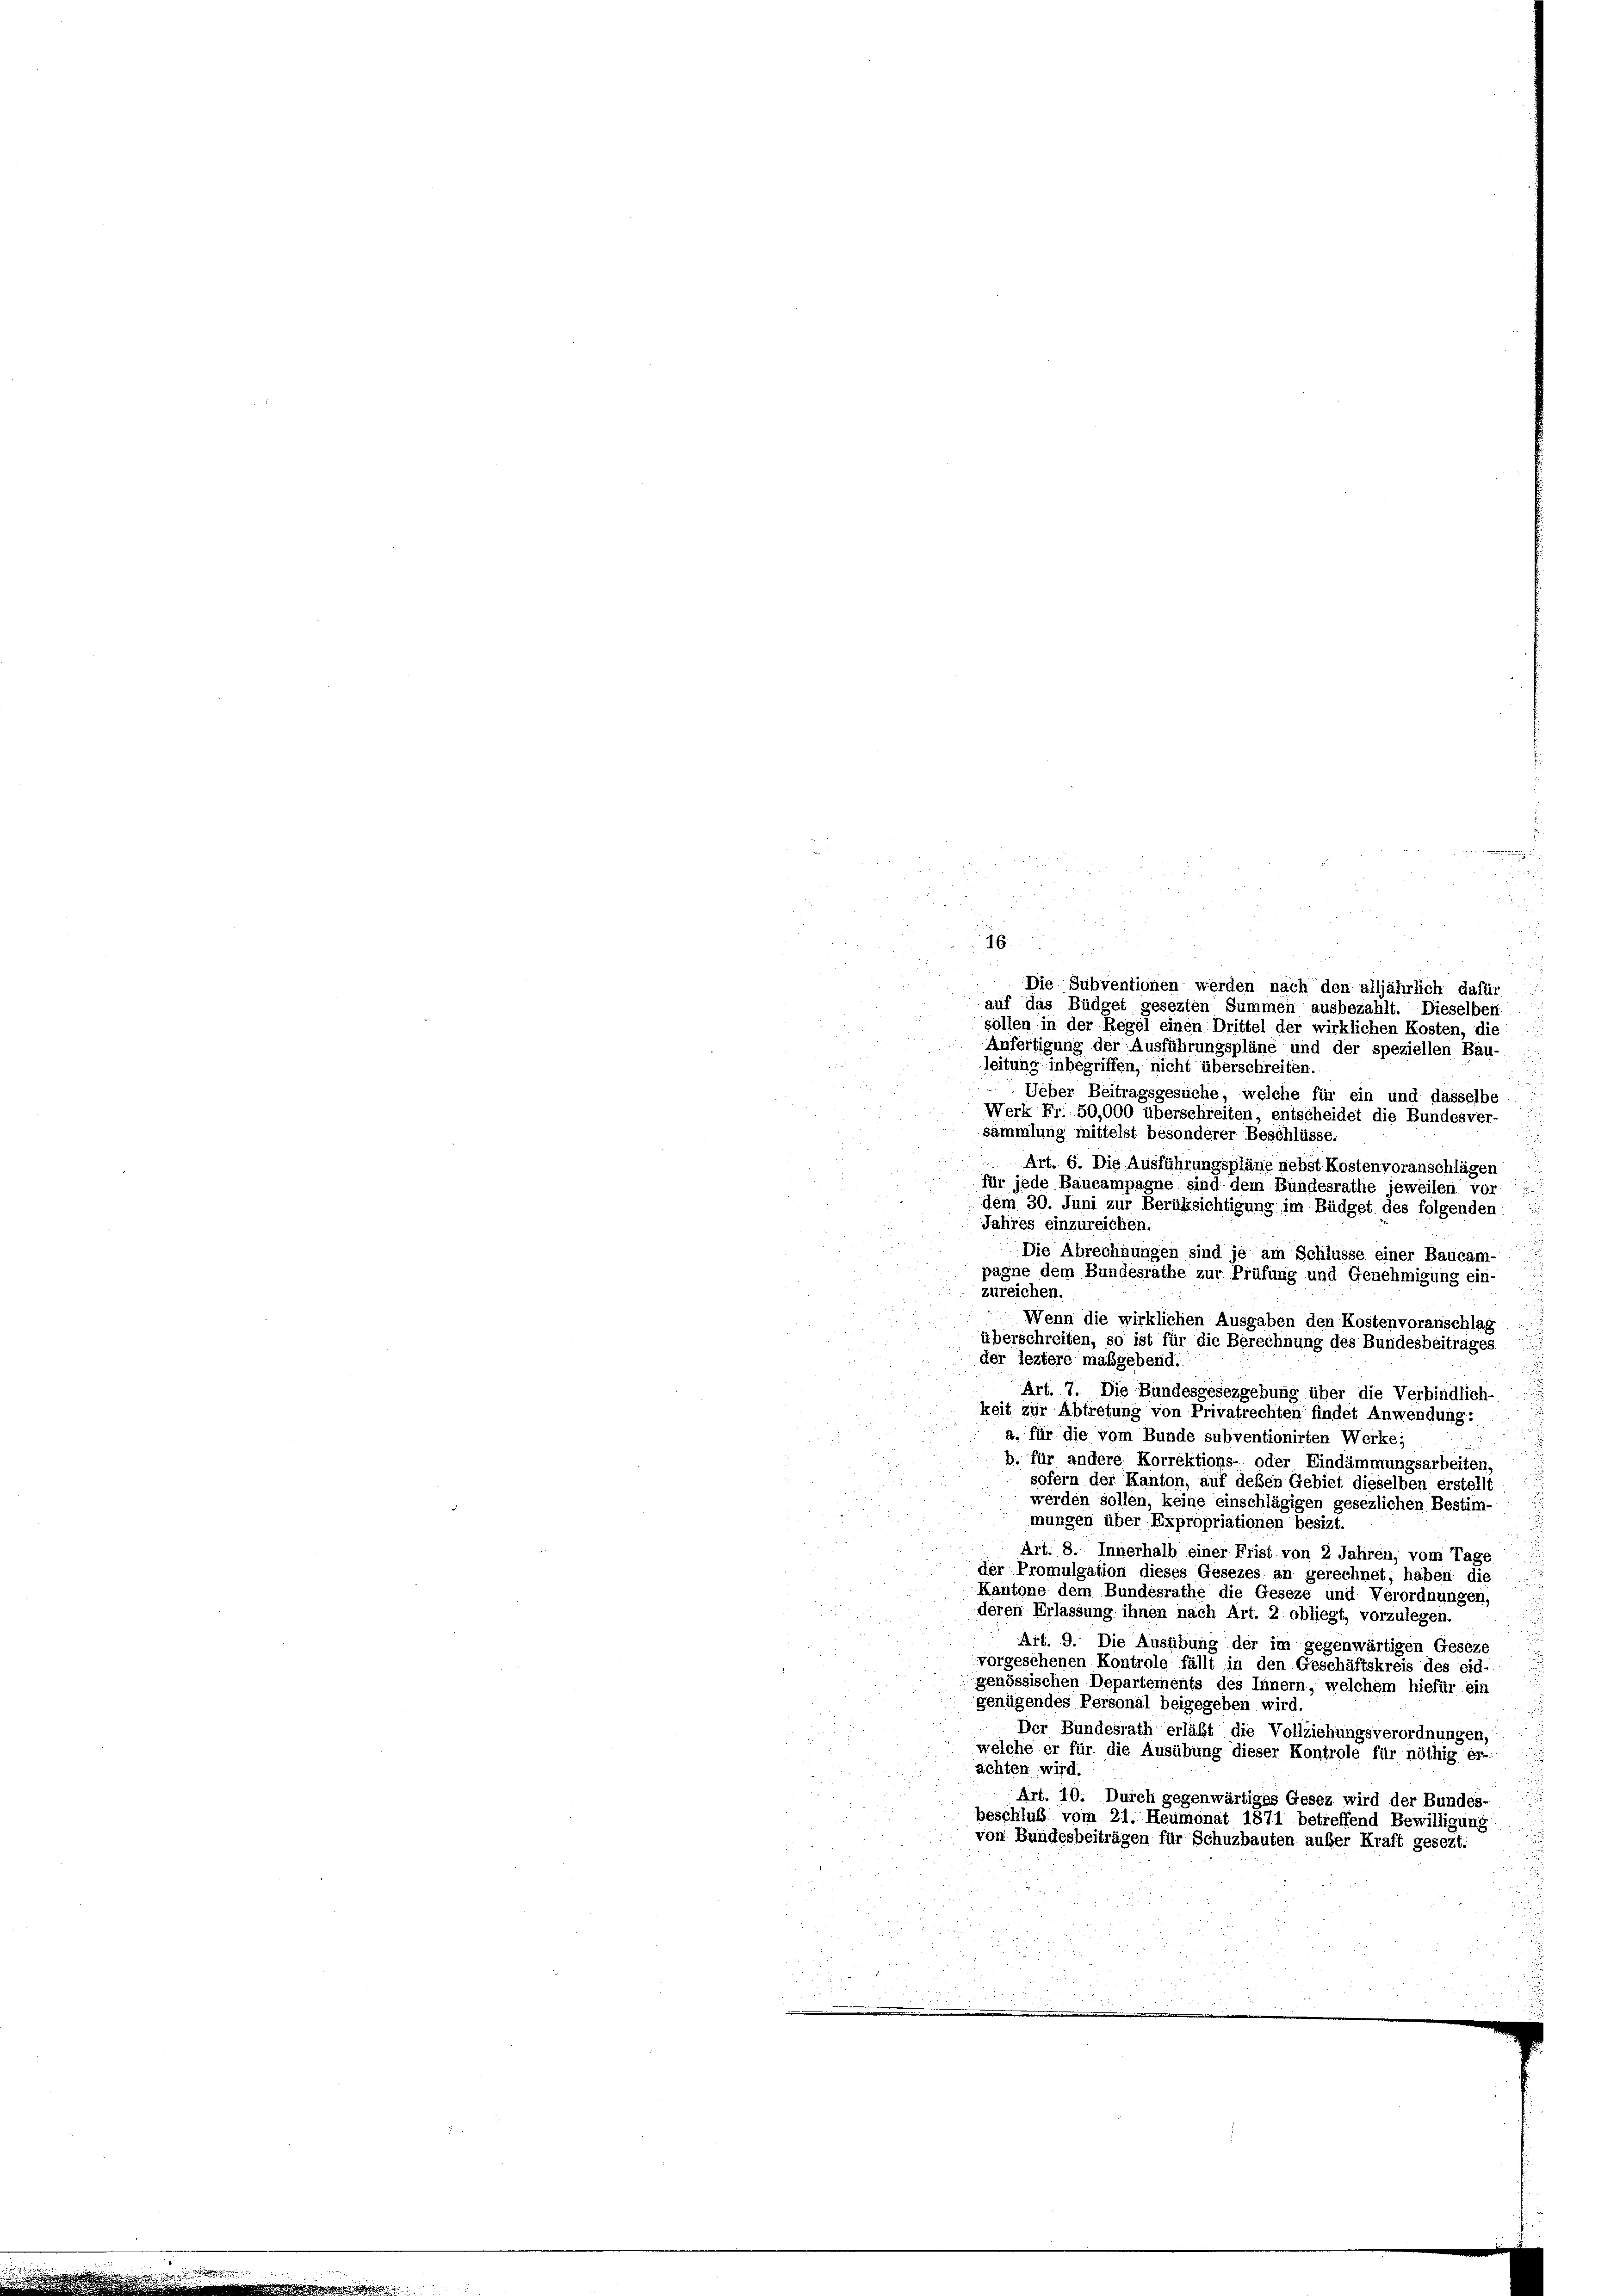
16.
.
Die Subventionen werden nach den alljährlich dafür
auf das Büdget gesezten Summen ausbezahlt. Dieselben
sollen in der Regel einen Drittel der wirklichen Kosten, die
Anfertigung der Ausführungspläne und der speziellen Bau-
leitung inbegriffen, nicht überschreiten.
Ueber Beitragsgesuche, welche für ein und dasselbe
Werk Fr. 50,000 überschreiten, entscheidet die Bundesver-
sammlung mittelst besonderer Beschlüsse.
 Art. 6. Die Ausführungspläne nebst Kostenvoranschlägen
für jede Baucampagne sind dem Bundesrathe jeweilen vor
dem 30. Juni zur Berüksichtigung im Büdget des folgenden
u
Jahres einzureichen.
Die Abrechnungen sind je am Schlüsse einer Baucam-
pagne dem Bundesrathe zur Prüfung und Genehmigung ein-
zureichen.
Wenn die wirklichen Ausgaben den Kostenvoranschlag
überschreiten, so ist für die Berechnung des Bundesbeitrages,
der leztere maßgebend.
Art. 7. Die Bundesgesezgebung über die Verbindlich-
keit zur Abtretung von Privatrechten findet Anwendung:
a. für die vom Bunde subventionirten Werke;
b. für andere Korrektions- oder Eindämmungsarbeiten,
sofern der Kanton, auf deßen Gebiet dieselben erstellt
werden sollen, keine einschlägigen gesezlichen Bestim-
mungen über Expropriationen besizt
Art. 8. Innerhalb einer Frist von 2 Jahren, vom Tage
der Promulgation dieses Gesezes an gerechnet, haben die
Kantone dem Bundesrathe die Geseze und Verordnungen,
deren Erlassung ihnen nach Art. 2 obliegt, vorzulegen.
Art. 9. Die Ausübung der im gegenwärtigen Geseze
vorgesehenen Kontrole fällt in den Geschäftskreis des eid-
genössischen Departements des Innern, welchem hiefür ein
genügendes Personal beigegeben wird.
Der Bundesrath erläßt die Vollziehungsverordnungen,
welche er für die Ausübung dieser Kontrole für nöthig er-
achten wird.
Art. 10. Durch gegenwärtiges Gesez wird der Bundes-
beschluß vom 21. Heumonat 1871 betreffend Bewilligung
von Bundesbeiträgen für Schuzbauten aufer Kraft gesezt.